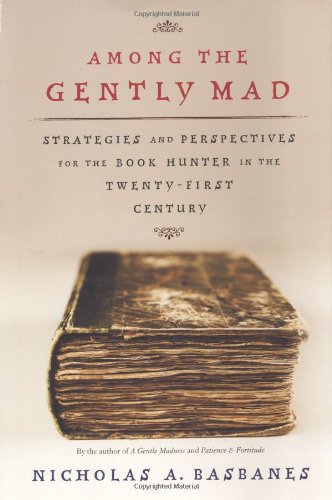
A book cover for Among the Gently Mad: Strategies and Perspectives for the Book-Hunter in the 21st Century; Nicholas A. Basbanes; Crafts, Hobbies & Home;